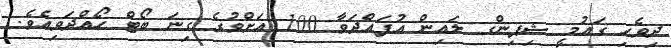
ދިވެހި ގައުމީ ޝިިޕިންގ ލައިން އުފައްދަވާ 100 އަށްވުރެ ގިނަ ބޯޓް ހޯއްދަވިއެވެ.